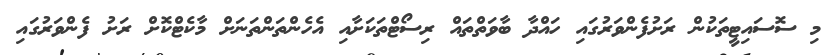
މި ސޮސައިޓީތަކުން ރަށުފެންވަރުގައި ހައްދާ ބާވަތްތައް ރިސޯޓްތަކަށާއި އެހެންތަންތަނަށް މާކެޓްކޮށް ރަށު ފެންވަރުގައި